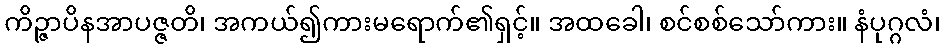
ကိဉ္ဇာပိနအာပဇ္ဇတိ၊ အကယ်၍ကားမရောက်၏ရှင့်။ အထခေါ၊ စင်စစ်သော်ကား။ နံပုဂ္ဂလံ၊